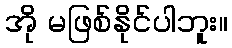
အို မဖြစ်နိုင်ပါဘူး။